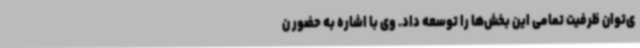
ی‌توان ظرفیت تمامی این بخش‌ها را توسعه داد. وی با اشاره به حضور ن